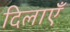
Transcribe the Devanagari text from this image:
दिलाएँ